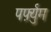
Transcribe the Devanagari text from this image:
पर्फ़्युम